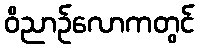
ဝိညာဉ်လောကတွင်